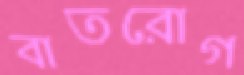
বাতরোগ